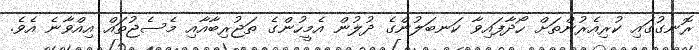
ރޮނގުގައި ކުރިއެރުންތަށް ހޯދާފައިވާ ކަނބަލުންގެ ދުލުން އެމީހުންގެ ތަޖުރިބާއާއި މެސެޖުތައް އިއްވާނެ އެވެ.